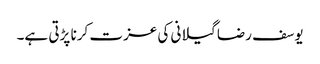
یوسف رضا گیلانی کی عزت کرنا پڑتی ہے۔